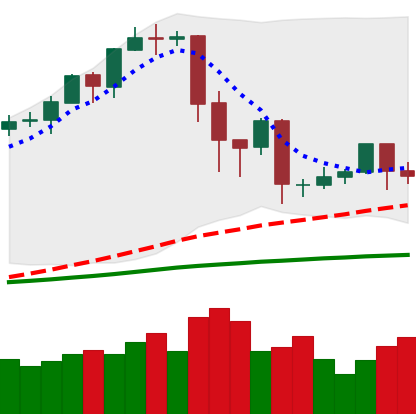
Ticker: EOS-USD
Chart end date: 2020-02-25
Forward return: -13.561%
Label: down_7plus